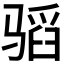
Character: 𱅣